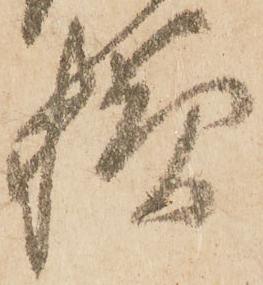
様